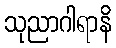
သုညာဂါရာနိ